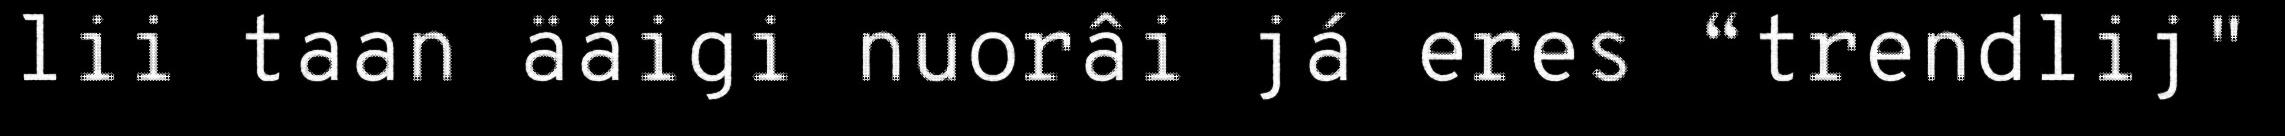
lii taan ääigi nuorâi já eres “trendlij"